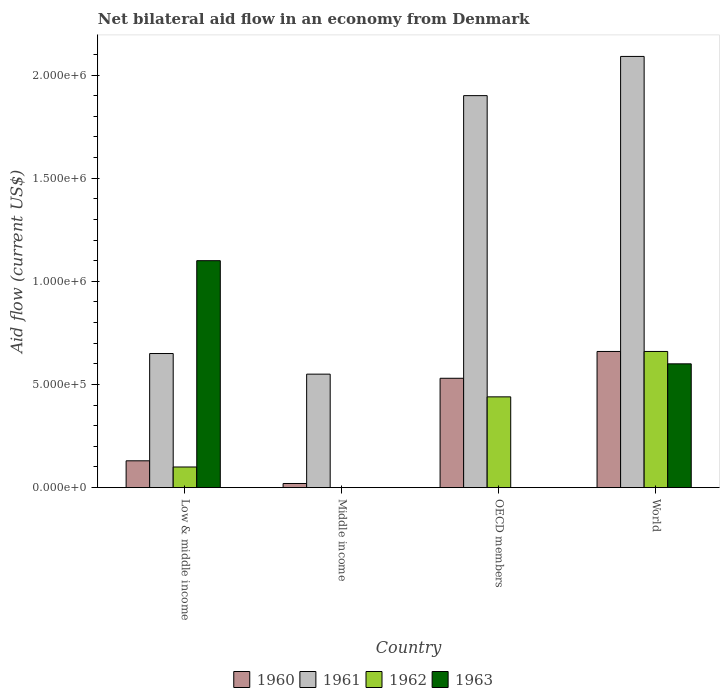
| Country | 1960 | 1961 | 1962 | 1963 |
 | --- | --- | --- | --- | --- |
 | Low & middle income | 1.3e+05 | 6.5e+05 | 1e+05 | 1.1e+06 |
 | Middle income | 2e+04 | 5.5e+05 | -1.2e+05 | -1e+05 |
 | OECD members | 5.3e+05 | 1.9e+06 | 4.4e+05 | -6e+05 |
 | World | 6.6e+05 | 2.09e+06 | 6.6e+05 | 6e+05 |